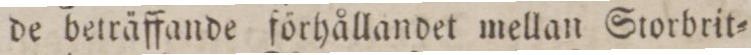
de beträffande förhållandet mellan Storbrit=